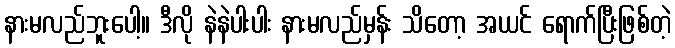
နားမလည်ဘူးပေါ့။ ဒီလို နဲနဲပါးပါး နားမလည်မှန်း သိတော့ အယင် ရောက်ပြီးဖြစ်တဲ့